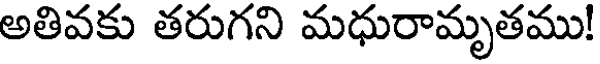
అతివకు తరుగని మధురామృతము!